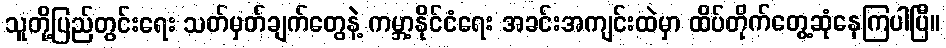
သူတို့ပြည်တွင်းရေး သတ်မှတ်ချက်တွေနဲ့ ကမ္ဘာ့နိုင်ငံရေး အခင်းအကျင်းထဲမှာ ထိပ်တိုက်တွေ့ဆုံနေကြပါပြီ။